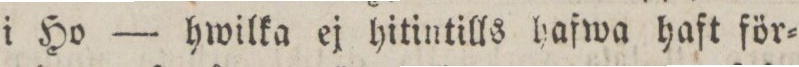
i Ho — hwilka ej hitintills hafwa haft för=